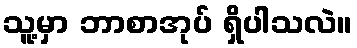
သူ့မှာ ဘာစာအုပ် ရှိပါသလဲ။